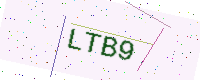
Text: LTB9